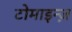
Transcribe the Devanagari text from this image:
टोमाइन्ज़